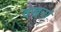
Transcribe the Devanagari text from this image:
वखनां